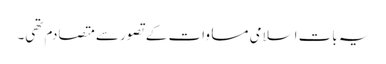
یہ بات اسلامی مساوات کے تصور سے متصادم تھی۔